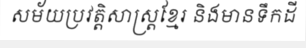
សម័យប្រវត្តិសាស្ត្រខ្មែរ និងមានទឹកដី